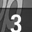
Digit: 3